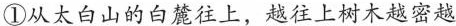
①从太白山的白麓往上，越往上树木越密越